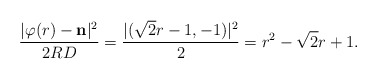
\begin{align*}\frac{| \varphi(r) - \mathbf{n} |^2}{2RD} =\frac{| ( \sqrt 2 r - 1, -1)|^2}{2}=r^2 -\sqrt 2 r + 1.\end{align*}